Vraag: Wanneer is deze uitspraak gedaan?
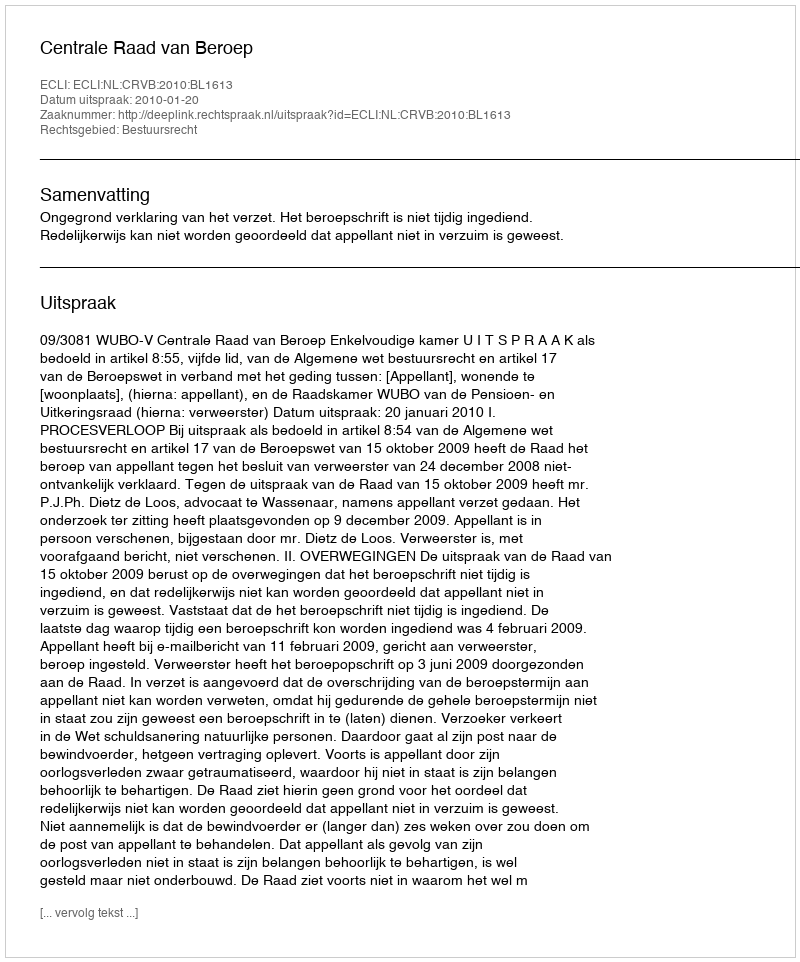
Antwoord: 2010-01-20